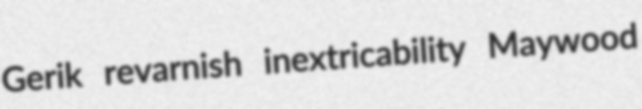
Gerik revarnish inextricability Maywood